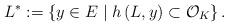
LaTeX: \begin{align*}L^{*}:= \left\lbrace y \in E \mid h\left(L,y\right) \subset {\mathcal O}_K \right\rbrace. \end{align*}